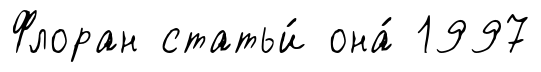
Флоран статьи́ она́ 1997